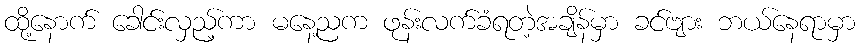
ထို့နောက် ခေါင်းလှည့်ကာ မနေ့ညက ဖုန်းလက်ခံရတဲ့အချိန်မှာ ခင်ဗျား ဘယ်နေရာမှာ